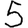
Digit: 5